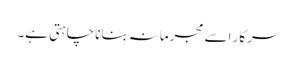
سرکار اسے مجرمانہ بنانا چاہتی ہے۔